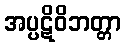
အပ္ပဋိဝိဘတ္တာ